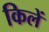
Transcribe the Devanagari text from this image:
किलें